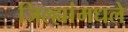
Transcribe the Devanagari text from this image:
जिल्ह्यांमधले